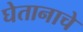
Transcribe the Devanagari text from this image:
घेतानाचे